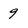
Character: 9